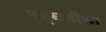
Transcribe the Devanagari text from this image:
पद्घतीचा